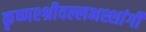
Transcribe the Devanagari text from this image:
कृष्णश्श्रीवल्लभश्शांर्गी